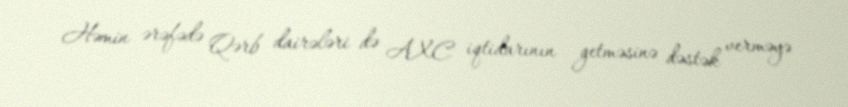
Həmin ərəfədə Qərb dairələri də AXC iqtidarının getməsinə dəstək verməyə